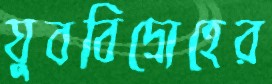
যুববিদ্রোহের